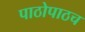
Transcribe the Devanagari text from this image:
पाठोपाठच